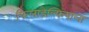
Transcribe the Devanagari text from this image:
फिलाडेल्फियाला